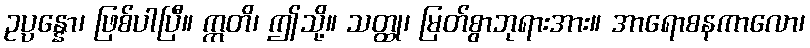
ဥပ္ပန္နော၊ ဖြစ်ပါပြီ။ ဣတိ၊ ဤသို့။ သတ္ထု၊ မြတ်စွာဘုရားအား။ အာရောစနကာလော၊